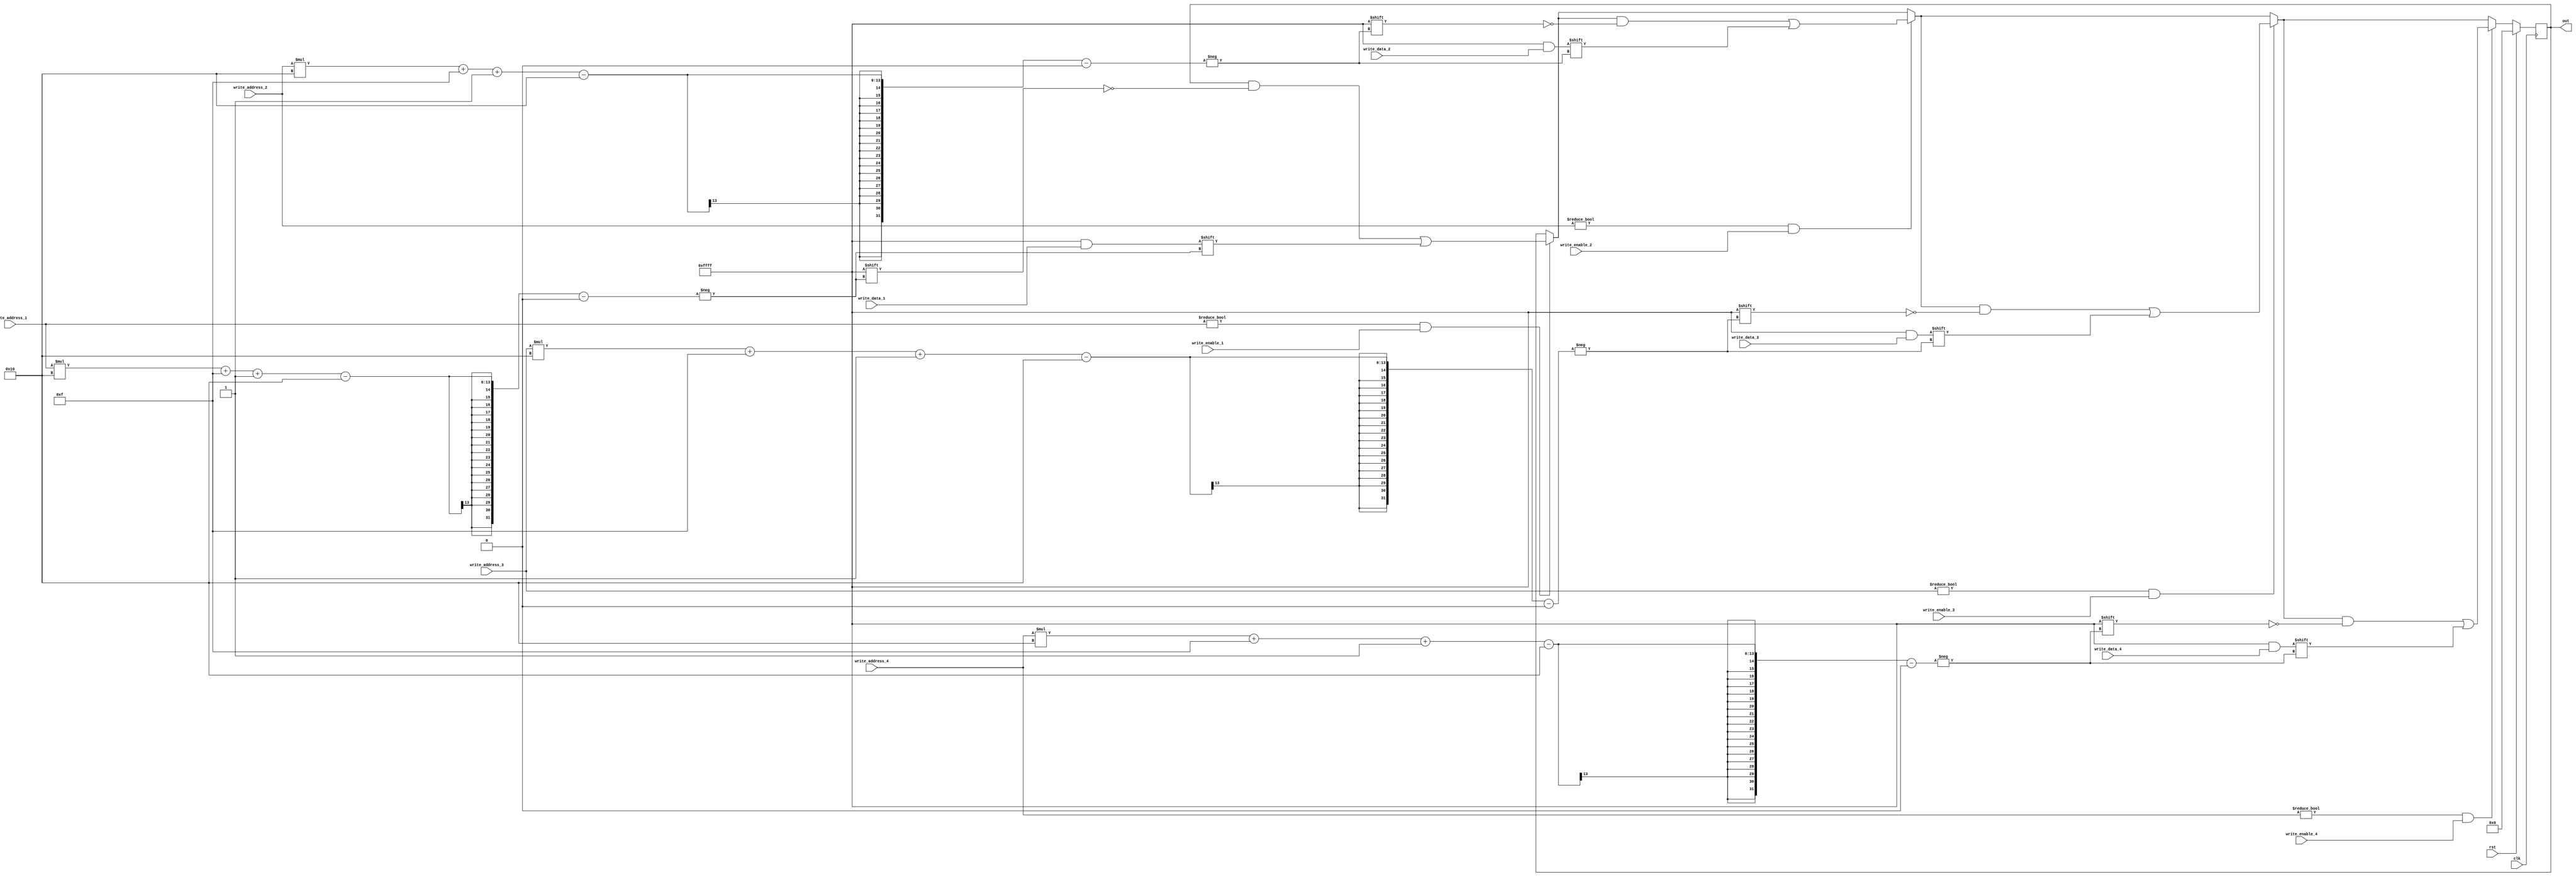
/*
   This file was generated automatically by Alchitry Labs version 1.2.1.
   Do not edit this file directly. Instead edit the original Lucid source.
   This is a temporary file and any changes made to it will be destroyed.
*/

module regfile_16 (
    input rst,
    input clk,
    input [5:0] write_address_1,
    input [15:0] write_data_1,
    input write_enable_1,
    input [5:0] write_address_2,
    input [15:0] write_data_2,
    input write_enable_2,
    input [5:0] write_address_3,
    input [15:0] write_data_3,
    input write_enable_3,
    input [5:0] write_address_4,
    input [15:0] write_data_4,
    input write_enable_4,
    output reg [767:0] out
  );
  
  
  
  reg [767:0] M_registers_d, M_registers_q = 1'h0;
  
  always @* begin
    M_registers_d = M_registers_q;
    
    if (write_address_1 != 5'h00 && write_enable_1) begin
      M_registers_d[(write_address_1)*16+15-:16] = write_data_1;
    end
    if (write_address_2 != 5'h00 && write_enable_2) begin
      M_registers_d[(write_address_2)*16+15-:16] = write_data_2;
    end
    if (write_address_3 != 5'h00 && write_enable_3) begin
      M_registers_d[(write_address_3)*16+15-:16] = write_data_3;
    end
    if (write_address_4 != 5'h00 && write_enable_4) begin
      M_registers_d[(write_address_4)*16+15-:16] = write_data_4;
    end
    out = M_registers_q;
    if (rst) begin
      M_registers_d = 768'h000000000000000000000000000000000000000000000000000000000000000000000000000000000000000000000000000000000000000000000000000000000000000000000000000000000000000000000000000000000000000000000000;
    end
  end
  
  always @(posedge clk) begin
    M_registers_q <= M_registers_d;
  end
  
endmodule